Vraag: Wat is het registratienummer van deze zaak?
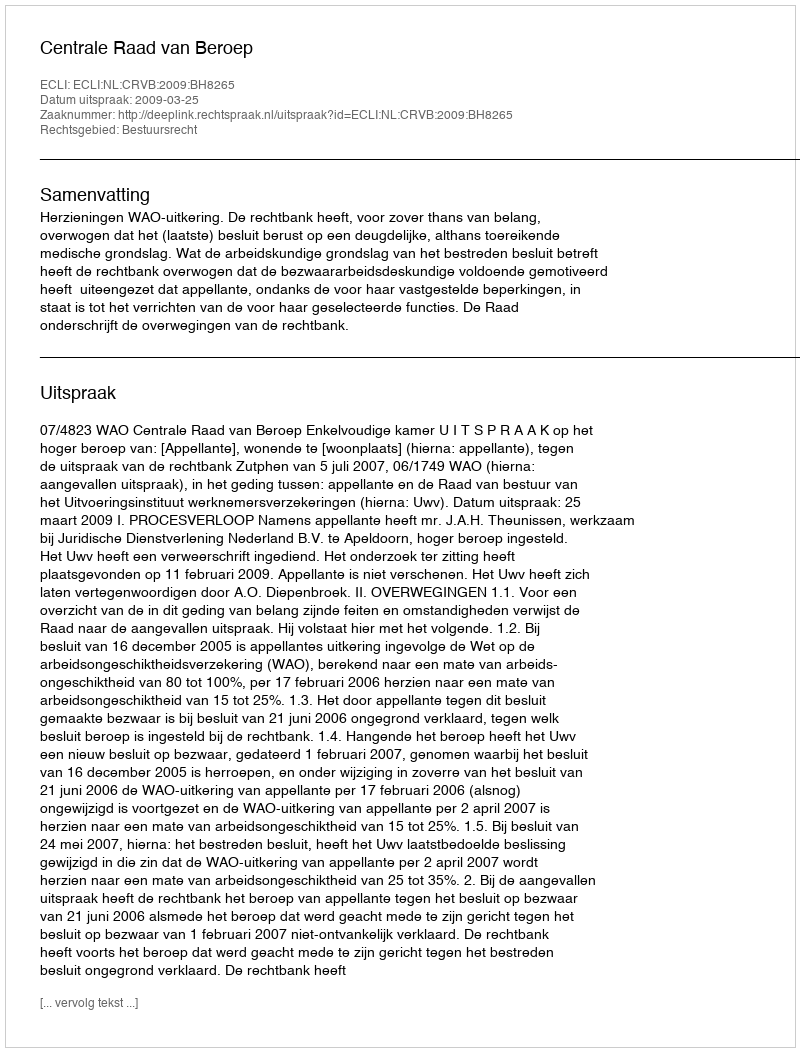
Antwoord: http://deeplink.rechtspraak.nl/uitspraak?id=ECLI:NL:CRVB:2009:BH8265